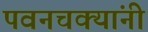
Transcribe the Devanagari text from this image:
पवनचक्यांनी